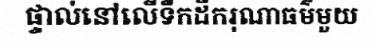
ផ្ទាល់នៅលើទឹកដីករុណាធម៌មួយ